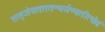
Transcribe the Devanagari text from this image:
ससृजेयतःततश्चर्मण्वतीत्येवं